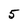
Character: 5